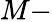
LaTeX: M-